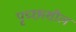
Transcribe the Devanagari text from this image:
पृच्छाशील